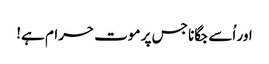
اور اُسے جگانا جس پر موت حرام ہے!